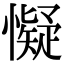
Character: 懝